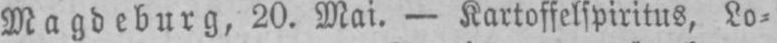
Magdeburg, 20. Mai. - Kartoffelspiritus, Lo⸗